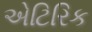
એટિરિક